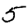
Digit: 5